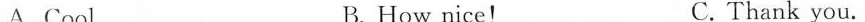
A .Cool B.How nicel C. Thank you.